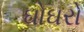
ઘોઘરો